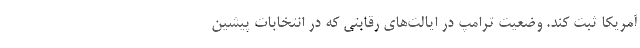
آمریکا ثبت کند. وضعیت ترامپ در ایالت‌های رقابتی که در انتخابات پیشین